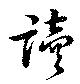
読